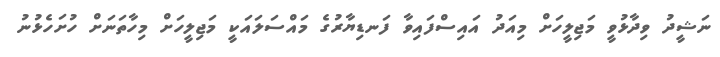
ނަޝީދު ވިދާޅުވީ މަޖިލީހަށް މިއަދު އައިސްފައިވާ ފަނޑިޔާރުގެ މައްސަލައަކީ މަޖިލީހަށް މިހާތަނަށް ހުށަހެޅުނު